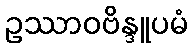
ဥဿာဝဗိန္ဒူပမံ